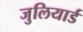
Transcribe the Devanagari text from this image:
जुलियार्ड